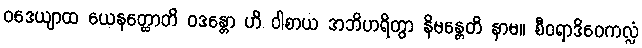
ဝဒေယျာထ ယေနတ္ထောတိ ဝဒန္တော ဟိ ဝါစာယ အဘိဟရိတွာ နိမန္တေတိ နာမ။ စီဝရာဒိဝေကလ္လံ